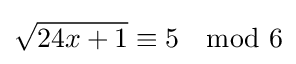
{\sqrt {24x+1}}\equiv 5\mod 6